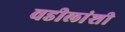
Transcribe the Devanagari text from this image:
वडीलांशी